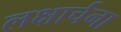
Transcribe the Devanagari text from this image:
लक्षार्चना